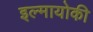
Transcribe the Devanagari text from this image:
इल्मायोकी